Civil Veterinary Dept. Bombay admin report 1893-99 - 1893-1899
Year: 1893
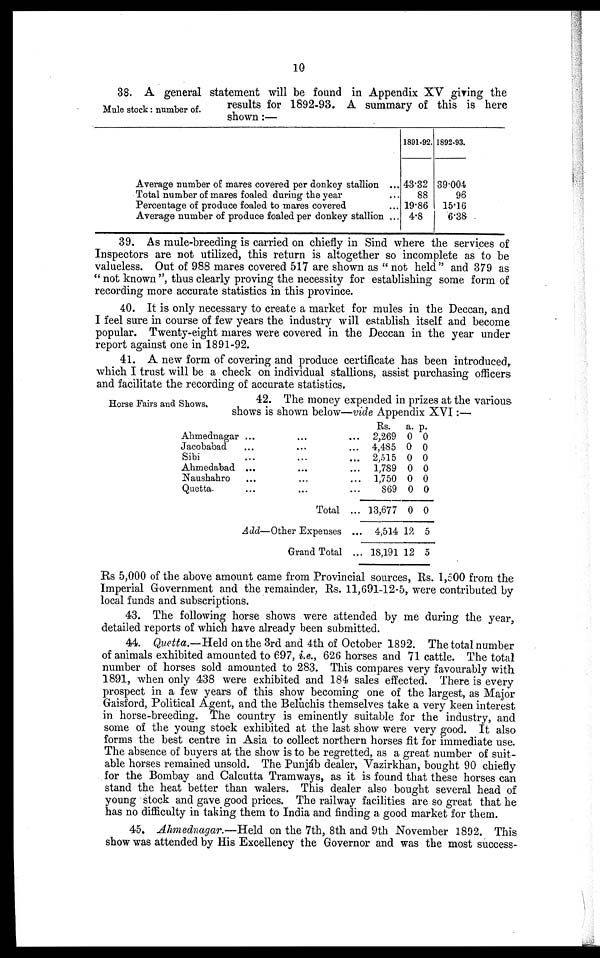
10
Mule stock: number of.
38. A general statement will be found in Appendix XV giving the
results for 1892-93. A summary of this is here
shown:—
Average number of mares covered per donkey stallion ...
Total number of mares foaled during the year ...
Percentage of produce foaled to mares covered ...
Average number of produce foaled per donkey stallion ...
1891-92.
43.32
88
19.86
4.8
1892-93.
39.004
96
15.16
6.38
39. As mule-breeding is carried on chiefly in Sind where the services of
Inspectors are not utilized, this return is altogether so incomplete as to be
valueless. Out of 988 mares covered 517 are shown as "not held" and 379 as
"not known", thus clearly proving the necessity for establishing some form of
recording more accurate statistics in this province.
40. It is only necessary to create a market for mules in the Deccan, and
I feel sure in course of few years the industry will establish itself and become
popular. Twenty-eight mares were covered in the Deccan in the year under
report against one in 1891-92.
41. A new form of covering and produce certificate has been introduced,
which I trust will be a check on individual stallions, assist purchasing officers,
and facilitate the recording of accurate statistics.
Horse Fairs and Shows,
42. The money expended in prizes at the various-
shows is shown below—vide Appendix XVI:—
Ahmednagar
...
...
...
Jacobabad
...
...
...
Sibi
...
...
...
Ahmedabad
...
...
...
Naushahro
...
...
...
Quetta.
...
...
...
Total ...
Add—Other
Expenses ...
Grand Total ...
Rs.
2,269
4,485
2,515
1,789
1,750
869
13,677
4,514
18,191
a.
0
0
0
0
0
0
0
12
12
p.
0
0
0
0
0
0
0
5
5
Rs 5,000 of the above amount came from Provincial sources, Rs. 1,500 from the
Imperial Government and the remainder. Rs. 11,691-12-5, were contributed by
local funds and subscriptions.
43. The following horse shows were attended by me during the year,
detailed reports of which have already been submitted.
44. Quetta.—Held on the 3rd and 4th of October 1892. The total number
of animals exhibited amounted to 697, i.e., 626 horses and 71 cattle. The total
number of horses sold amounted to 283. This compares very favourably with
1891, when only 438 were exhibited and 184 sales effected. There is every
prospect in a few years of this show becoming one of the largest, as Major
Gaisford, Political Agent, and the Beluchis themselves take a very keen interest
in horse-breeding. The country is eminently suitable for the industry, and
some of the young stock exhibited at the last show were very good. It also
forms the best centre in Asia to collect northern horses fit for immediate use.
The absence of buyers at the show is to be regretted, as a great number of suit-
able horses remained unsold. The Punjáb dealer, Vazirkhan, bought 90 chiefly
for the Bombay and Calcutta Tramways, as it is found that these horses can
stand the heat better than walers. This dealer also bought several head of
young stock and gave good prices. The railway facilities are so great that he
has no difficulty in taking them to India and finding a good market for them.
45. Ahmednagar.—Held on the 7th, 8th and 9th November 1892. This
show was attended by His Excellency the Governor and was the most success-